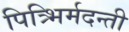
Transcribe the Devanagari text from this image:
पित्र्भिर्मदन्ती